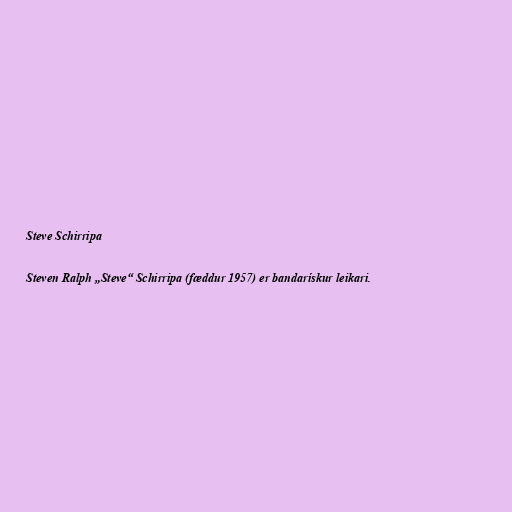
Steve Schirripa

Steven Ralph „Steve“ Schirripa (fæddur 1957) er bandarískur leikari.